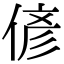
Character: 偐